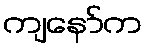
ကျနော်က